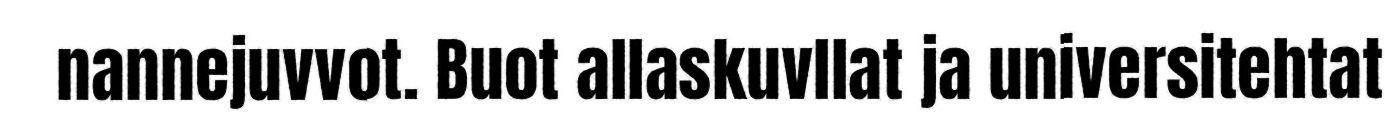
nannejuvvot. Buot allaskuvllat ja universitehtat